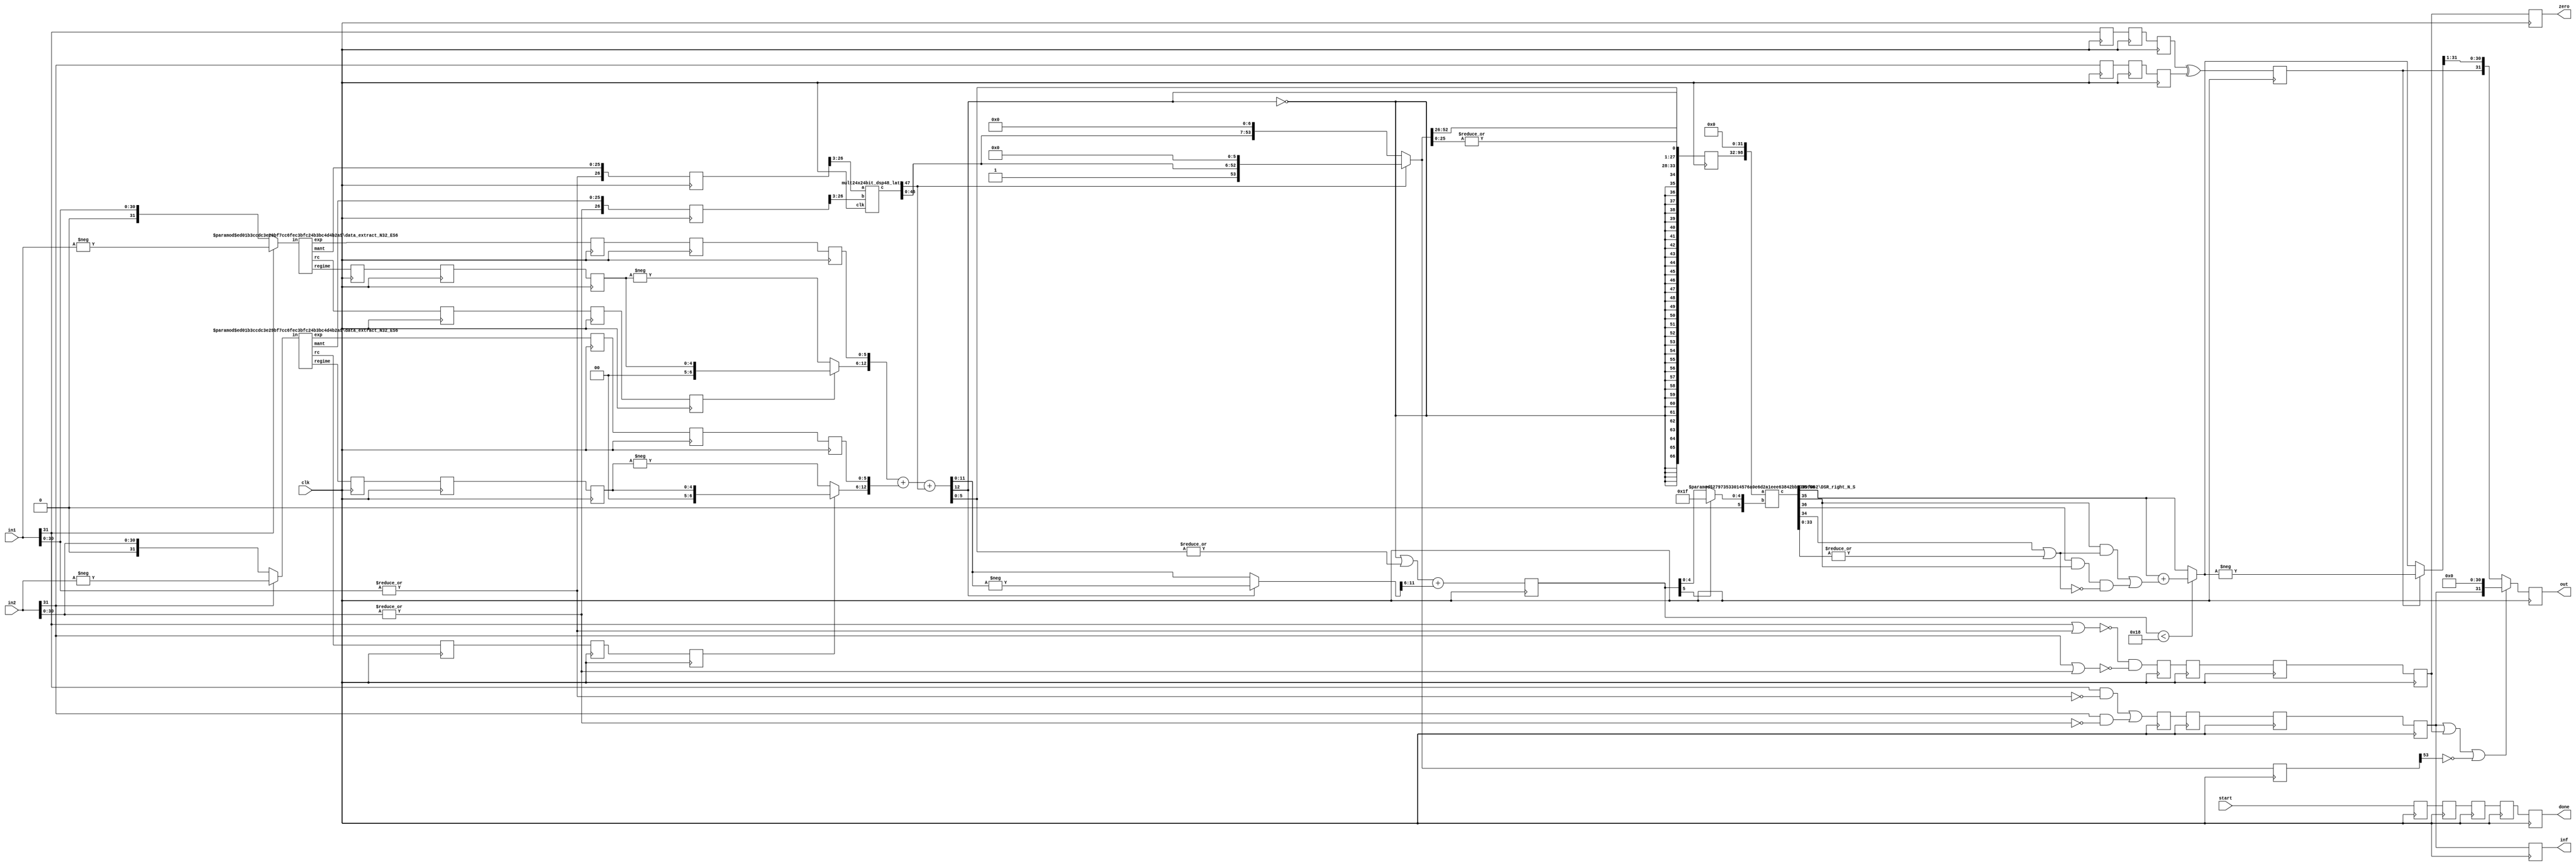
module mult_N32_ES6_PIPE6(clk, in1, in2, start, out, inf, zero, done);
function [31:0] log2;
input reg [31:0] value;
	begin
	value = value-1;
	for (log2=0; value>0; log2=log2+1)
        	value = value>>1;
      	end
endfunction

parameter N = 32;
parameter Bs = log2(N); 
parameter es = 6;

input clk;
input [N-1:0] in1, in2;
input start; 
output reg [N-1:0] out;
output reg inf, zero;
output reg done;

wire start0= start;
wire s1 = in1[N-1];
wire s2 = in2[N-1];
wire zero_tmp1 = |in1[N-2:0];
wire zero_tmp2 = |in2[N-2:0];
wire inf1 = in1[N-1] & (~zero_tmp1),
	inf2 = in2[N-1] & (~zero_tmp2);
wire zero1 = ~(in1[N-1] | zero_tmp1),
	zero2 = ~(in2[N-1] | zero_tmp2);
wire inf_t = inf1 | inf2,
	zero_t = zero1 & zero2;

//Data Extraction
wire rc1, rc2;
wire [Bs-1:0] regime1, regime2;
wire [es-1:0] e1, e2;
wire [N-es-1:0] mant1, mant2;
wire [N-1:0] xin1 = s1 ? -in1 : in1;
wire [N-1:0] xin2 = s2 ? -in2 : in2;
data_extract_N32_ES6 #(.N(N),.es(es)) uut_de1(.in(xin1), .rc(rc1), .regime(regime1), .exp(e1), .mant(mant1));
data_extract_N32_ES6 #(.N(N),.es(es)) uut_de2(.in(xin2), .rc(rc2), .regime(regime2), .exp(e2), .mant(mant2));

wire [N-es:0] m1 = {zero_tmp1,mant1}, 
	m2 = {zero_tmp2,mant2};

reg start_r00; 
reg s1_r00, s2_r00, inf_r00, zero_r00, rc1_r00, rc2_r00;
reg [Bs-1:0] regime1_r00, regime2_r00;
reg [es-1:0] e1_r00, e2_r00;
reg [N-es:0] m1_r00, m2_r00;
reg start_r0; 
reg s1_r0, s2_r0, inf_r0, zero_r0, rc1_r0, rc2_r0;
reg [Bs-1:0] regime1_r0, regime2_r0;
reg [es-1:0] e1_r0, e2_r0;
reg [N-es:0] m1_r0, m2_r0;
always @(posedge clk) begin
start_r0 <= start0; s1_r0 <= s1; s2_r0 <= s2; 
inf_r0 <= inf_t; zero_r0 <= zero_t; rc1_r0 <= rc1; rc2_r0 <= rc2;
regime1_r0 <= regime1; regime2_r0 <= regime2; 
e1_r0 <= e1; e2_r0 <= e2;
m1_r0 <= m1; m2_r0 <= m2;
end


wire [53:0] mult_m_r2;
wire [47:0] mult_P;
mult24x24bit_dsp48_lat2 m24 (.clk(clk), .a(m1_r0[N-es:3]), .b(m2_r0[N-es:3]), .c(mult_P));
assign mult_m_r2 = {mult_P,6'b0};

reg start_r1; 
reg s1_r1, s2_r1, inf_r1, zero_r1, rc1_r1, rc2_r1;
reg [Bs-1:0] regime1_r1, regime2_r1;
reg [es-1:0] e1_r1, e2_r1;
reg [N-es:0] m1_r1, m2_r1;
reg start_r2; 
reg s1_r2, s2_r2, inf_r2, zero_r2, rc1_r2, rc2_r2;
reg [Bs-1:0] regime1_r2, regime2_r2;
reg [es-1:0] e1_r2, e2_r2;
reg [N-es:0] m1_r2, m2_r2;

always @(posedge clk) begin
start_r1 <= start_r0; s1_r1 <= s1_r0; s2_r1 <= s2_r0; 
inf_r1 <= inf_r0; zero_r1 <= zero_r0; rc1_r1 <= rc1_r0; rc2_r1 <= rc2_r0;
regime1_r1 <= regime1_r0; regime2_r1 <= regime2_r0; 
e1_r1 <= e1_r0; e2_r1 <= e2_r0;
m1_r1 <= m1_r0; m2_r1 <= m2_r0;

start_r2 <= start_r1; s1_r2 <= s1_r1; s2_r2 <= s2_r1; 
inf_r2 <= inf_r1; zero_r2 <= zero_r1; rc1_r2 <= rc1_r1; rc2_r2 <= rc2_r1;
regime1_r2 <= regime1_r1; regime2_r2 <= regime2_r1; 
e1_r2 <= e1_r1; e2_r2 <= e2_r1;
m1_r2 <= m1_r1; m2_r2 <= m2_r1;
end

//Sign, Exponent and Mantissa Computation
wire mult_s = s1_r2 ^ s2_r2;

wire mult_m_ovf = mult_m_r2[2*(N-es)+1];
wire [2*(N-es)+1:0] mult_mN = ~mult_m_ovf ? mult_m_r2 << 1'b1 : mult_m_r2;

wire [Bs+1:0] r1 = rc1_r2 ? {2'b0,regime1_r2} : -regime1_r2;
wire [Bs+1:0] r2 = rc2_r2 ? {2'b0,regime2_r2} : -regime2_r2;
wire [Bs+es+1:0] mult_e  =  {r1, e1_r2} + {r2, e2_r2} + mult_m_ovf;

//Exponent and Regime Computation
wire [es+Bs:0] mult_eN = mult_e[es+Bs+1] ? -mult_e : mult_e;
wire [es-1:0] e_o = mult_e[es-1:0];
wire [Bs:0] r_o = (~mult_e[es+Bs+1] || (|mult_e[es-1:0])) + mult_eN[es+Bs:es];

//Exponent and Mantissa Packing
wire [2*N-1+3:0]tmp_o = {{N{~mult_e[es+Bs+1]}},mult_e[es+Bs+1],e_o,mult_mN[2*(N-es):2*(N-es)-(N-es-1)+1], mult_mN[2*(N-es)-(N-es-1):2*(N-es)-(N-es-1)-1], |mult_mN[2*(N-es)-(N-es-1)-2:0] }; 

reg start_r3, mult_s_r3, inf_r3, zero_r3;
reg [2*N-1+3:0] tmp_o_r3;
reg [Bs:0] r_o_r3;
reg [2*(N-es)+1:0] mult_mN_r3;
always @(posedge clk) begin
start_r3 <= start_r2; mult_s_r3 <= mult_s; inf_r3 <= inf_r2; zero_r3 <= zero_r2;
r_o_r3 <= r_o;
tmp_o_r3 <= tmp_o;
mult_mN_r3 <= mult_mN;
end

//Including Regime bits in Exponent-Mantissa Packing
wire [3*N-1+3:0] tmp1_o;
DSR_right_N_S #(.N(3*N+3), .S(Bs+1)) dsr2 (.a({tmp_o_r3,{N{1'b0}}}), .b(r_o_r3[Bs] ? {Bs{1'b1}} : r_o_r3), .c(tmp1_o));


//Rounding RNE : ulp_add = G.(R + S) + L.G.(~(R+S))
wire L = tmp1_o[N+4], G = tmp1_o[N+3], R = tmp1_o[N+2], St = |tmp1_o[N+1:0],
     ulp = ((G & (R | St)) | (L & G & ~(R | St)));
wire [N-1:0] rnd_ulp = {{N-1{1'b0}},ulp};
wire [N-1:0] tmp1_o_rnd = (r_o_r3 < N-es-2) ? tmp1_o[2*N-1+3:N+3] + rnd_ulp : tmp1_o[2*N-1+3:N+3];


//Final Output
wire [N-1:0] tmp1_oN = mult_s_r3 ? -tmp1_o_rnd : tmp1_o_rnd;
wire [N-1:0] out_tmp = inf_r3|zero_r3|(~mult_mN_r3[2*(N-es)+1]) ? {inf_r3,{N-1{1'b0}}} : {mult_s_r3, tmp1_oN[N-1:1]};

always @(posedge clk) begin
out <= out_tmp;
done <= start_r3;
inf <= inf_r3;
zero <= zero_r3;
end

endmodule


/////////////////////////
module data_extract_N32_ES6(in, rc, regime, exp, mant);
function [31:0] log2;
input reg [31:0] value;
	begin
	value = value-1;
	for (log2=0; value>0; log2=log2+1)
        	value = value>>1;
      	end
endfunction

parameter N=32;
parameter Bs=log2(N);
parameter es = 5;


input [N-1:0] in;
output rc;
output [Bs-1:0] regime;
output [es-1:0] exp;
output [N-es-1:0] mant;

//Data Extraction

wire [N-1:0] xin = in;
assign rc = xin[N-2];

wire [N-1:0] xin_r = rc ? ~xin : xin;

wire [Bs-1:0] k;
LOD_32 uut_lod32_5 (.in({xin_r[N-2:0],rc^1'b0}), .out(k));

assign regime = rc ? k-1 : k;

wire [N-1:0] xin_tmp;
DSR_left_N_S #(.N(N), .S(Bs)) ls (.a({xin[N-3:0],2'b0}),.b(k),.c(xin_tmp));

assign exp= xin_tmp[N-1:N-es];
assign mant= xin_tmp[N-es-1:0];

endmodule


/////////////////////////
module DSR_left_N_S(a,b,c);
        parameter N=16;
        parameter S=4;
        input [N-1:0] a;
        input [S-1:0] b;
        output [N-1:0] c;

wire [N-1:0] tmp [S-1:0];
assign tmp[0]  = b[0] ? a << 7'd1  : a; 
genvar i;
generate
	for (i=1; i<S; i=i+1)begin:loop_blk
		assign tmp[i] = b[i] ? tmp[i-1] << 2**i : tmp[i-1];
	end
endgenerate
assign c = tmp[S-1];

endmodule


/////////////////////////
module DSR_right_N_S(a,b,c);
        parameter N=16;
        parameter S=4;
        input [N-1:0] a;
        input [S-1:0] b;
        output [N-1:0] c;

wire [N-1:0] tmp [S-1:0];
assign tmp[0]  = b[0] ? a >> 7'd1  : a; 
genvar i;
generate
	for (i=1; i<S; i=i+1)begin:loop_blk
		assign tmp[i] = b[i] ? tmp[i-1] >> 2**i : tmp[i-1];
	end
endgenerate
assign c = tmp[S-1];

endmodule

/////////////////////////


/////////////////////////
module mult24x24bit_dsp48_lat2 (clk, a, b, c);
   input clk;
   input [23:0] a,b;
   output [47:0] c;

   reg [23:0] a_r0, b_r0;
   always @(posedge clk) begin
	a_r0 <= a; b_r0 <= b;
   end

	wire [30:0] tmp11_r0 = a_r0*b_r0[23:17];

	reg [47:0] mula, mulb, mulc, muld;
	reg [47:0] suma, sumb, sum;
   assign c = sum;
   always @(posedge clk) begin
		mula <= a*b[5:0];
		mulb <= a*b[11:6];
		mulc <= a*b[17:12];
		muld <= a*b[23:18];
		
		suma <= (mula) + (mulb << 6);
		sumb <= (mulc << 12) + (muld << 18);
		
		sum <= suma + sumb;
	end
endmodule




///////////////////////
module LOD_32(in, out);
input [31:0] in;
output [4:0] out;
wire [3:0] out_l, out_h;
wire out_vl, out_vh;
LOD16_4 pl(.in(in[15:0]), .out(out_l), .out_v(out_vl));
LOD16_4 ph(.in(in[31:16]), .out(out_h), .out_v(out_vh));
assign out = out_vh ? {1'b0,out_h} : {out_vl,out_l};
endmodule

////////////////////
module LOD16_4(in, out, out_v);
input [15:0] in;
output [3:0] out;
output out_v;
wire [2:0] out_l, out_h;
wire out_vl, out_vh;
LOD8_3 pl(.in(in[7:0]), .out(out_l), .out_v(out_vl));
LOD8_3 ph(.in(in[15:8]), .out(out_h), .out_v(out_vh));
assign out = out_vh ? {1'b0,out_h} : {out_vl,out_l};
assign out_v = out_vl | out_vh;
endmodule


////////////////////
module LOD8_3(in, out, out_v);
input [7:0] in;
output [2:0] out;
output out_v;

wire [1:0] out_l, out_h;
wire out_vl, out_vh;
LOD4_2 pl(.in(in[3:0]), .out(out_l), .out_v(out_vl));
LOD4_2 ph(.in(in[7:4]), .out(out_h), .out_v(out_vh));
assign out = out_vh ? {1'b0,out_h} : {out_vl,out_l};
assign out_v = out_vl | out_vh;

endmodule


////////////////////
module LOD4_2(in, out, out_v);
input [3:0] in;
output [1:0] out;
output out_v;

wire out_l, out_h;
wire out_vl, out_vh;
LOD2_1 pl(.in(in[1:0]), .out(out_l), .out_v(out_vl));
LOD2_1 ph(.in(in[3:2]), .out(out_h), .out_v(out_vh));
assign out = out_vh ? {1'b0,out_h} : {out_vl,out_l};
assign out_v = out_vl | out_vh;

endmodule


module LOD2_1(in, out, out_v);
input [1:0] in;
output out;
output out_v;

assign out = ~in[1] & in[0];
assign out_v = |in;
endmodule